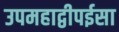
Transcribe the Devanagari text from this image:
उपमहाद्वीपईसा